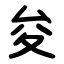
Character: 夋